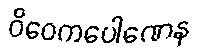
ဝိဝေကပေါဏေန